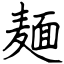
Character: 麺